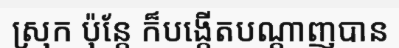
ស្រុក ប៉ុន្តែ ក៏បង្កើតបណ្តាញបាន